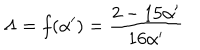
\Lambda = f ( { \alpha } ^ { \prime } ) = \frac { 2 - 1 5 { \alpha } ^ { \prime } } { 1 6 { \alpha } ^ { \prime } }